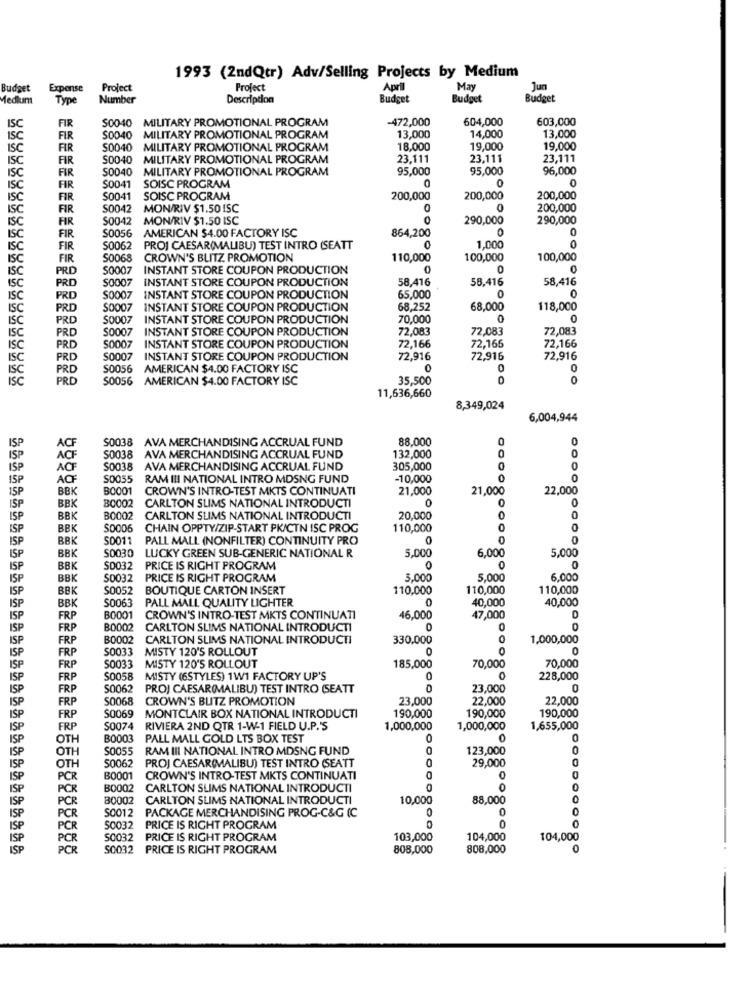
1993 (2ndQtr) Adv/Selling Projects by Medium
Budget
Expense
Project
Profect
April
May
Jun
Medium
Type
Number
Description
Budget
Budget
Budget
FIR
S0040 MILITARY PROMOTIONAL PROGRAM
-472,000
604,000
603,000
ISC
ISC
FIR
S0040
MILITARY PROMOTIONAL PROGRAM
13,000
14,000
13,000
ISC
FIR
S0040
MILITARY PROMOTIONAL PROGRAM
18,000
19,000
19,000
ISC
FIR
S0040
MILITARY PROMOTIONAL PROGRAM
23,111
23,111
23,111
ISC
S0040
MILITARY PROMOTIONAL PROGRAM
95,000
95,000
96,000
FIR
ISC
FIR
S0041
SOISC PROGRAM
ISC
FIR
S0041
SOISC PROGRAM
200,000
200,000
200,000
ISC
FIR
S0042
MON/RIV $1.50 ISC
200,000
ISC
FIR
S0042
MON/RIV $1.50 ISC
290,000
290,000
0
ISC
FIR
S0056
AMERICAN $4.00 FACTORY ISC
864,200
ISC
FIR
S0062
PROJ CAESAR(MALIBU) TEST INTRO (SEATT
1,000
ISC
FIR
S0068
CROWN'S BLITZ PROMOTION
110,000
100,000
100,000
PRD
S0007
INSTANT STORE COUPON PRODUCTION
0
ISC
PRD
S0007
INSTANT STORE COUPON PRODUCTION
58,416
58.416
58,416
ISC
65,000
ISC
PRD
S0007 INSTANT STORE COUPON PRODUCTION
O
ISC
PRO
$0007
INSTANT STORE COUPON PRODUCTION
68,252
68,000
118,000
ISC
PRO
S0007
INSTANT STORE COUPON PRODUCTION
70,000
PRD
S0007 INSTANT STORE COUPON PRODUCTION
72,08€
72,08€
72,083
ISC
ISC
PRD
S0007
INSTANT STORE COUPON PRODUCTION
72,166
72,166
72,166
ISC
PRC
S0007 INSTANT STORE COUPON PRODUCTION
72,916
72,916
72,916
PRO
S0056 AMERICAN $4.00 FACTORY ISC
0
0
PRD
$0056 AMERICAN $4.00 FACTORY ISC
35,500
0
0
11,636,660
8,349,024
6,004,944
$0038
AVA MERCHANDISING ACCRUAL FUND
88,000
0
ISP
132,000
IS P
S0038 AVA MERCHANDISING ACCRUAL FUND
0
ISP
ACF
S0038 AVA MERCHANDISING ACCRUAL FUND
305,000
0
ISP
ACF
S0055
RAM III NATIONAL INTRO MDSNG FUND
-10,000
0
0
ISP
BBK
B0001
CROWN'S INTRO-TEST MKTS CONTINUATI
21,000
21,000
22,000
0
ISP
BBK
B0002
CARLTON SLIMS NATIONAL INTRODUCTI
0
O
ISP
BBK
B0002
CARLTON SLIMS NATIONAL INTRODUCTI
20,000
ISP
BBK
S0006
CHAIN OPPTY/ZIP-START PK/CTN ISC PROG
110,000
ISP
BBK
S0011
PALL MALL (NONFILTER) CONTINUITY PRO
0
0
BBK
6,000
5,000
ISP
S0030
LUCKY GREEN SUB-GENERIC NATIONAL R
5,000
ISP
BBK
S0032
PRICE IS RIGHT PROGRAM
0
0
0
ISP
BBK
S0032
PRICE IS RIGHT PROGRAM
5.000
5.000
6.000
ISP
BBK
S0052
BOUTIQUE CARTON INSERT
110,000
110,000
110,000
BBK
50063 PALL MALL QUALITY LIGHTER
40,000
40,000
ISP
ISP
FRP
B0001 CROWN'S INTRO-TEST MKTS CONTINUATI
46.000
47,000
C
ISP
FRP
B0002
CARLTON SLIMS NATIONAL INTRODUCTI
0
0
ISP
FRP
B0002 CARLTON SLIMS NATIONAL INTRODUCTI
330,000
1,000,000
ISP
FRP
S0033
MISTY 120'S ROLLOUT
0
0
ISP
FRP
S0033
MISTY 120'S ROLLOUT
185,000
70,000
70,000
ISP
FRP
S0058
MISTY (6STYLES) 1W1 FACTORY UP'S
228,000
ISP
FRP
S0062
PROJ CAESAR(MALIBU) TEST INTRO (SEATT
23,000
0
ISP
FRP
S0068
CROWN'S BLITZ PROMOTION
23,000
22,000
22,000
190,000
ISP
FRP
$0069
MONTCLAIR BOX NATIONAL INTRODUCTI
190,000
190,000
ISP
FRP
S0074 RIVIERA 2ND QTR 1-W-1 FIELD U.P.'S
1,000,000
1,000,000
1,655,000
ISP
OTH
B0003 PALL MALL GOLD LTS BOX TEST
0
ISP
OTH
S0055
RAM III NATIONAL INTRO MDSNG FUND
123,000
ISP
29,000
OTH
50062 PROJ CAESAR(MALIBU) TEST INTRO (SEATT
0
ISP
PCR
B0001
CROWN'S INTRO-TEST MKTS CONTINUATI
0
0
ISP
PCR
B0002
CARLTON SLIMS NATIONAL INTRODUCTI
0
0
ISP
PCR
80002 CARLTON SLIMS NATIONAL INTRODUCTI
10,000
88,000
0
PCR
0
0
ISP
S0012 PACKAGE MERCHANDISING PROG-C&G (C
0
ISP
PCR
50032 PRICE IS RIGHT PROGRAM
ISP
PCR
50032 PRICE IS RIGHT PROGRAM
103,000
104,000
104,000
ISP
PCR
S0032 PRICE IS RIGHT PROGRAM
808,000
808,000
0